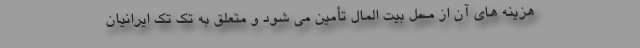
هزینه های آن از محل بیت المال تأمین می شود و متعلق به تک تک ایرانیان